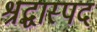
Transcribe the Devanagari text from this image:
श्रद्धास्पद